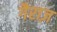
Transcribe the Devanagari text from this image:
गैराज़